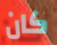
كان